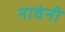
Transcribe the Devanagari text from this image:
नावंनी